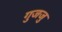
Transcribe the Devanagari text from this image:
गुजजु